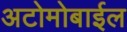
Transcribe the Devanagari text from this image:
अटोमोबाईल